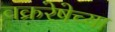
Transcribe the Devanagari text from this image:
वक्ररेषेच्या